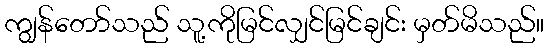
ကျွန်တော်သည် သူ့ကိုမြင်လျှင်မြင်ချင်း မှတ်မိသည်။